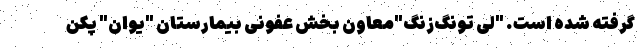
گرفته شده است. "لی تونگ‌زنگ"معاون بخش عفونی بیمارستان "یوان" پکن